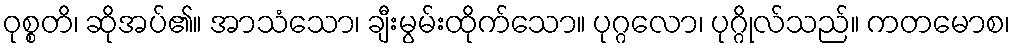
ဝုစ္စတိ၊ ဆိုအပ်၏။ အာသံသော၊ ချီးမွမ်းထိုက်သော။ ပုဂ္ဂလော၊ ပုဂ္ဂိုလ်သည်။ ကတမောစ၊